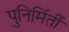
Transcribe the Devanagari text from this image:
पुनिर्मिर्ती